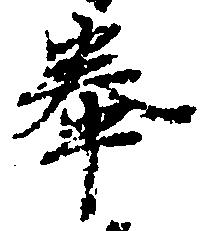
奉